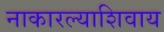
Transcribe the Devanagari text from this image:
नाकारल्याशिवाय